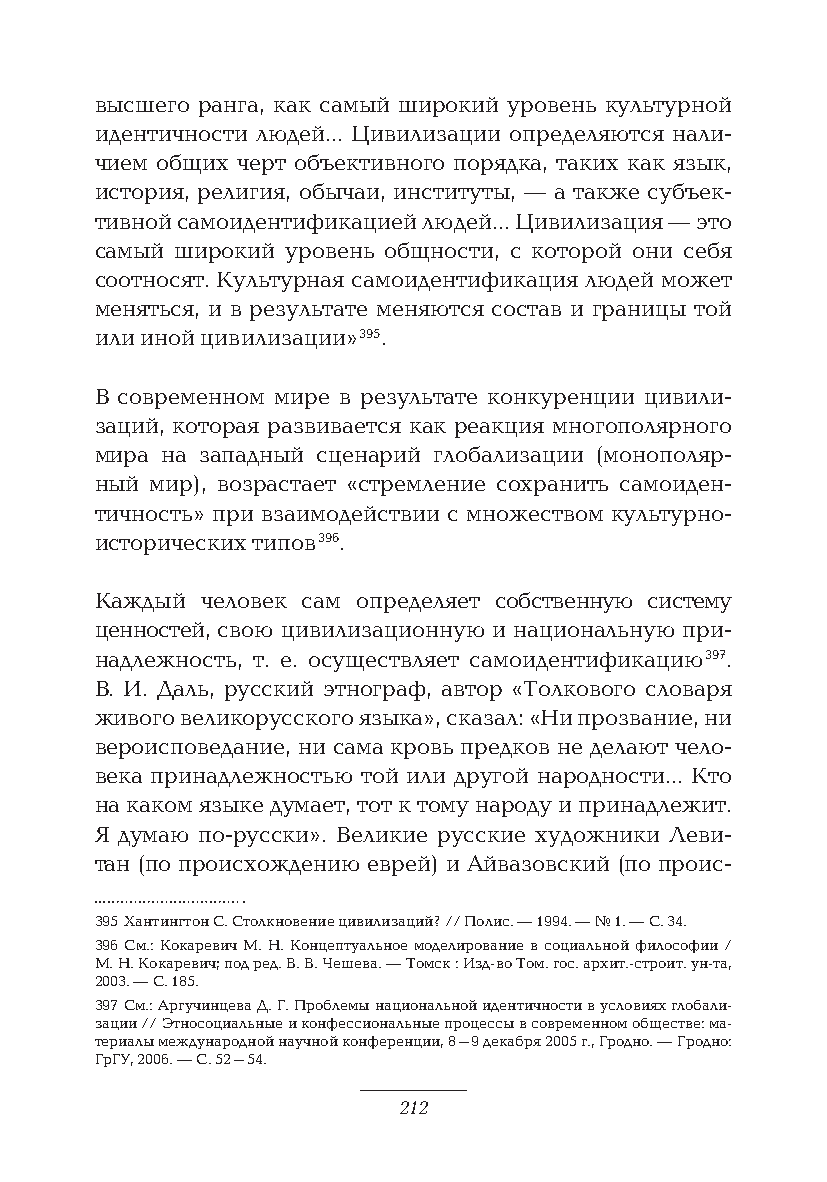
высшего ранга, как самый широкий уровень культурной
 идентичности людей… Цивилизации определяются нали-
 чием общих черт объективного порядка, таких как язык,
 история, религия, обычаи, институты, — а также субъек-
 тивной самоидентификацией людей… Цивилизация — это
 самый широкий уровень общности, с которой они себя
 соотносят. Культурная самоидентификация людей может
 меняться, и в результате меняются состав и границы той
 или иной цивилизации» 395.
 В современном мире в результате конкуренции цивили-
 заций, которая развивается как реакция многополярного
 мира на западный сценарий глобализации (монополяр-
 ный мир), возрастает «стремление сохранить самоиден-
 тичность» при взаимодействии с множеством культурно-
 исторических типов 396.
 Каждый человек сам определяет собственную систему
 ценностей, свою цивилизационную и национальную при-
 надлежность, т. е. осуществляет самоидентификацию 397.
 В. И. Даль, русский этнограф, автор «Толкового словаря
 живого великорусского языка», сказал: «Ни прозвание, ни
 вероисповедание, ни сама кровь предков не делают чело-
 века принадлежностью той или другой народности… Кто
 на каком языке думает, тот к тому народу и принадлежит.
 Я думаю по-русски». Великие русские художники Леви-
 тан (по происхождению еврей) и Айвазовский (по проис-
 395 Хантингтон С. Столкновение цивилизаций? // Полис. — 1994. — № 1. — С. 34.
 396 См.: Кокаревич М. Н. Концептуальное моделирование в социальной философии /
 М. Н. Кокаревич; под ред. В. В. Чешева. — Томск : Изд-во Том. гос. архит.-строит. ун-та,
 2003. — С. 185.
 397 См.: Аргучинцева Д. Г. Проблемы национальной идентичности в условиях глобали-
 зации // Этносоциальные и конфессиональные процессы в современном обществе: ма-
 териалы международной научной конференции, 8–9 декабря 2005 г., Гродно. — Гродно:
 ГрГУ, 2006. — С. 52–54.
 212